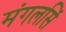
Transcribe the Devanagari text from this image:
मंगलसिं